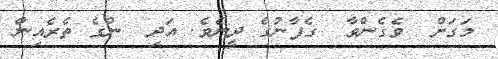
މަގަށް  ވެގެންވާ  ގެފާނުގެ ދީނެވެ. އަދި  ންގެ ތެރެއިން